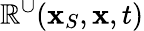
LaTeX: \mathbb{R}^{\cup}({\mathbf{x}}_{S},{\mathbf{x}},t)